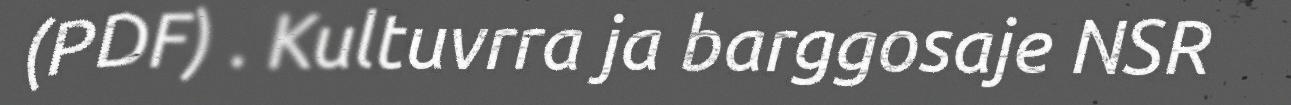
(PDF) . Kultuvrra ja barggosaje NSR